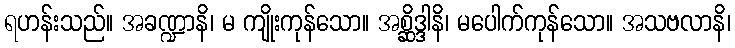
ရဟန်းသည်။ အခဏ္ဍာနိ၊ မ ကျိုးကုန်သော။ အစ္ဆိဒ္ဒါနိ၊ မပေါက်ကုန်သော။ အသဗလာနိ၊